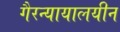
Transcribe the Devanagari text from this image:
गैरन्यायालयीन